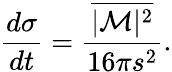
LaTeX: \frac{d\sigma}{dt}=\frac{\overline{{{|{\cal M}|^{2}}}}}{16\pi s^{2}}.